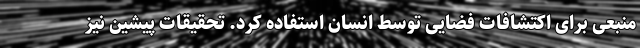
منبعی برای اکتشافات فضایی توسط انسان استفاده کرد. تحقیقات پیشین نیز